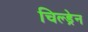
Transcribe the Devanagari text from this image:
चिल्‍ड्रेन